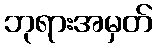
ဘုရားအမှတ်